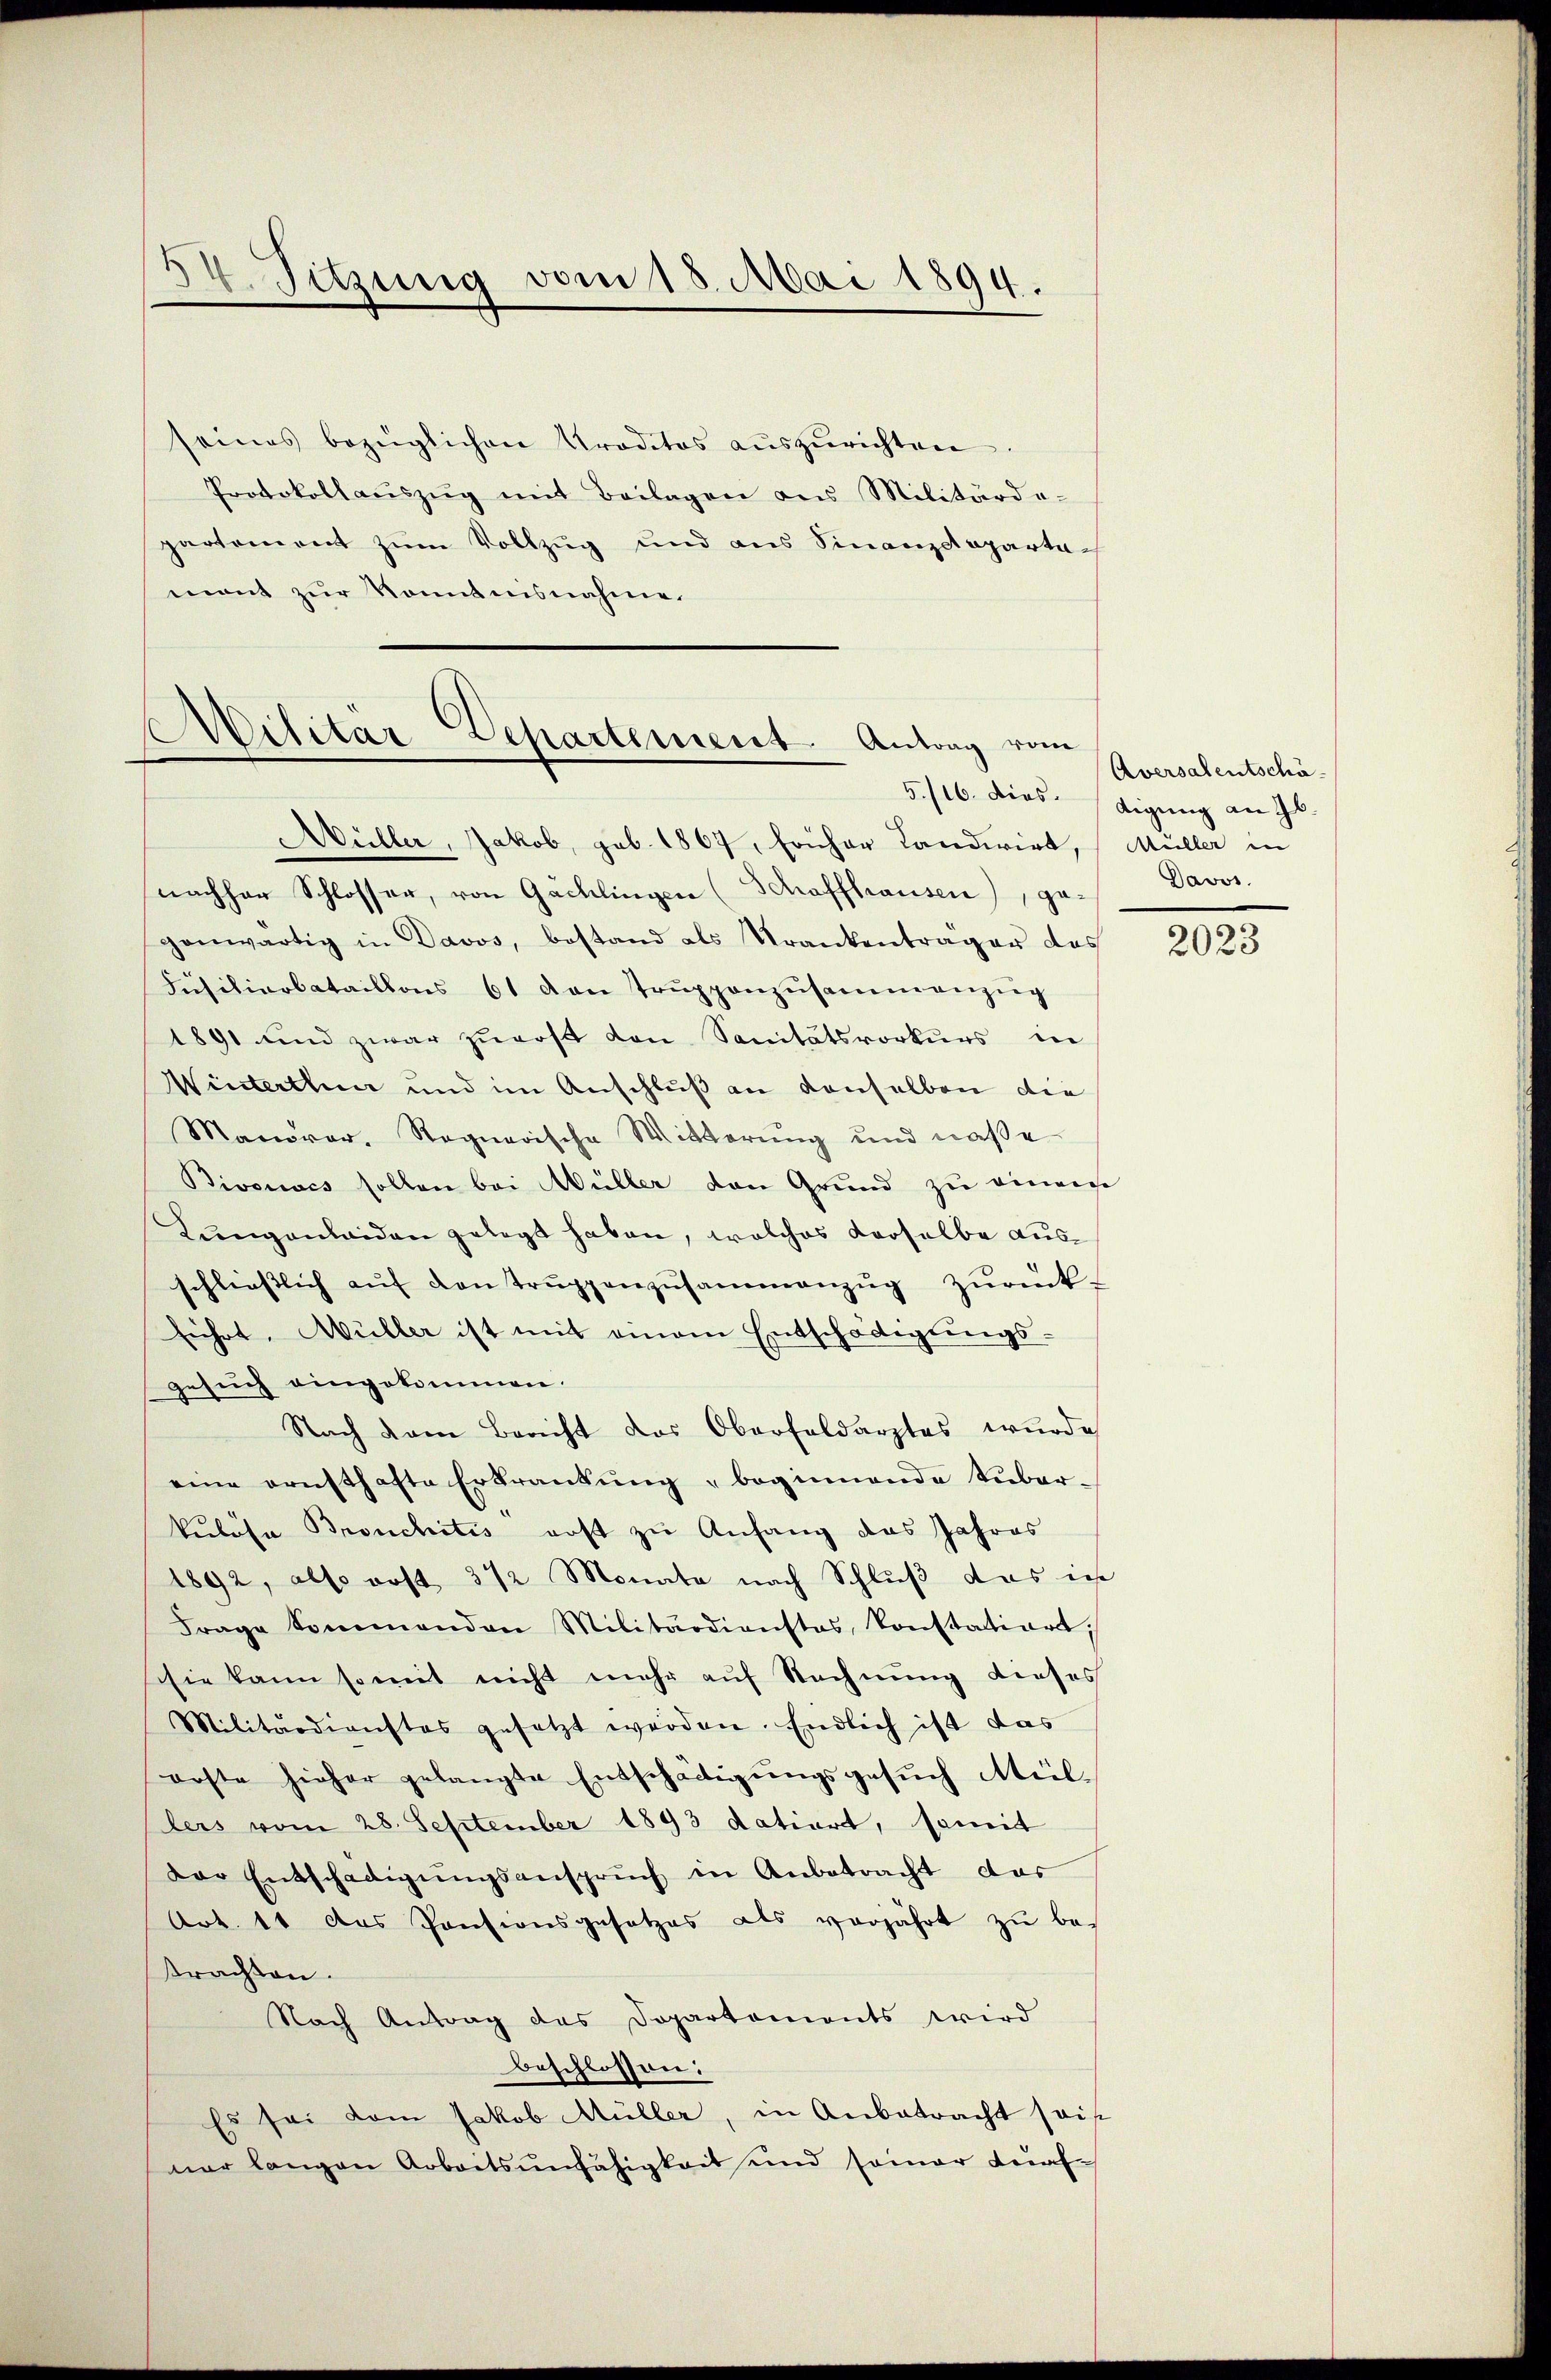
4. Sitzung vom 18. Mai 1894.

seines bezüglichen Prodetos aŭszŭrichten.
Protokollaŭszŭg mit Beilagen ans Militärde-
partement zum Vollzug und aus Sinanzdeparta-
mont zur Kenntnisnahme.

Militär-Departement Antrag vom

üller, Jakob, sub. 1867, früher Landwirt, Müller in
nachher Schlosser, von Gachlingen (Schaffhausen), ge- Davos.
genwärtig in Davos, bestand als Trankenträger des
Füsiliarbataillons 61 von Truppenzusammenzug
1891 und zwar zurost von Sanitätsvorkurs in
Winterthun und im Anschluß an denselben die
Manorar, Ragnerische Witterung und naße
Bivsuocs sollen bei Müller den Grund zu einige
Lŭngenleiden gelegt haben, welches derselbe ausschliesslich aŭf von Trŭppenzusammenzŭg zŭrück-
führt, Müller ist mit einem Entschädigŭngs-
gesuch eingekommen.
Nach dem Bericht das Oberfeldarztes wurde
eine ernsthafte Erkrankŭng beginnende Tuber-
kulöse Bronchitis erst zu Anfang das Jahres
1892, also erst 312 Monata nach Schluß das ich
Frage kommenden Militärdienstes, konstatior.
sie kann somit nicht mehr auf Rechnung dieses
Militärdienstes gesetzt werden. Endlich ist das
orste hieher gelangte Entschädigŭngsgesŭch Müllers vom 28. September 1893 datiert, somit
der Entschädigŭngsansprŭch in Anbetracht das
Art. 11 das Pensionsgesetzes als vorjährt zu betrachten.
Nach Antrag das Dopartements wird
beschlossen:
Es sei dem Jakob Müller, in Anbetracht sais
nar langen Arbeitsunfähigkeit und seiner traf-

Aversalentschä
5./16. dies. Aigŭng an Jb.

2023